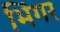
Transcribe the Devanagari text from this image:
भिंगर